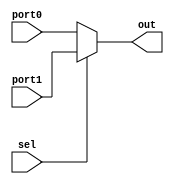
module mux21_1(port0, port1, sel, out);
	input wire port0, port1;
	input wire sel;
	output reg out;

	always @(port0 or port1 or sel)
	begin

	if(sel) 
		out = port1;
	else
		out = port0;
	end
endmodule


module mux21_32(port0, port1, sel, out);
	input wire [31:0] port0, port1;
	input wire sel;
	output reg [31:0] out;

	always @(port0 or port1 or sel)
	begin

	if(sel) 
		out = port1;
	else
		out = port0;
	end
endmodule

module mux21_5(port0, port1, sel, out);
	input wire [4:0] port0, port1;
	input wire sel;
	output reg [4:0] out;

	always @(port0 or port1 or sel)
	begin

	if(sel) 
		out = port1;
	else
		out = port0;
	end
endmodule

module mux21_4(port0, port1, sel, out);
	input wire [3:0] port0, port1;
	input wire sel;
	output reg [3:0] out;

	always @(port0 or port1 or sel)
	begin

	if(sel) 
		out = port1;
	else
		out = port0;
	end
endmodule

module mux41_32(port0, port1, port2, port3, sel, out);
	input wire [31:0] port0, port1, port2, port3;
	input wire [1:0] sel;
	output reg [31:0] out;

	always @(port0 or port1 or port2 or port3 or sel)
	begin

	if(sel == 2'b00) 
		out = port0;
	else if(sel == 2'b01)
		out = port1;
	else if(sel == 2'b10)
		out = port2;
	else	
		out = port3;
	end
endmodule

module mux51_32(port0, port1, port2, port3, port4, sel, out);
	input wire [31:0] port0, port1, port2, port3, port4;
	input wire [2:0] sel;
	output reg [31:0] out;

	always @(port0 or port1 or port2 or port3 or port4 or sel)
	begin

	if(sel == 3'b000) 
		out = port0;
	else if(sel == 3'b001)
		out = port1;
	else if(sel == 3'b010)
		out = port2;
	else	if(sel == 3'b011)
		out = port3;
	else
		out = port4;
	end
endmodule

module mux71_32(port0, port1, port2, port3, port4, port5, port6, sel, out);
	input wire [31:0] port0, port1, port2, port3, port4, port5, port6;
	input wire [2:0] sel;
	output reg [31:0] out;

	always @(port0 or port1 or port2 or port3 or port4 or port5 or port6 or sel)
	begin

	if(sel == 3'b000) 
		out = port0;
	else if(sel == 3'b001)
		out = port1;
	else if(sel == 3'b010)
		out = port2;
	else	if(sel == 3'b011)
		out = port3;
	else if(sel == 3'b100)
		out = port4;
	else if(sel == 3'b101)
		out = port5;
	else
		out = port6;
	end
endmodule

module mux31_32(port0, port1, port2, sel, out);
	input wire [31:0] port0, port1, port2;
	input wire [1:0] sel;
	output reg [31:0] out;

	always @(port0 or port1 or port2 or sel)
	begin

	if(sel == 2'b00) 
		out = port0;
	else if(sel == 2'b01)
		out = port1;
	else
		out = port2;
	end
endmodule

module mux31_5(port0, port1, port2, sel, out);
	input wire [4:0] port0, port1, port2;
	input wire [1:0] sel;
	output reg [4:0] out;

	always @(port0 or port1 or port2 or sel)
	begin

	if(sel == 2'b00) 
		out = port0;
	else if(sel == 2'b01)
		out = port1;
	else
		out = port2;
	end
endmodule

module sign_ext (unextend, extended);
	input  [15:0] unextend;
	output [31:0] extended;
	assign extended = {{16{unextend[15]}}, unextend};
endmodule

module register #(parameter WIDTH = 8)
              (input clk, reset, enable,
               input      [WIDTH-1:0] d, 
               output reg [WIDTH-1:0] q);

  	always @(posedge clk, posedge reset)
    		if (reset) q <= 0;
    		else       q <= d;
endmodule

module reg_en #(parameter WIDTH = 32)
              (input clk, reset, clear, enable,
               input [WIDTH-1:0] d, 
               output reg [WIDTH-1:0] q);

  always @(posedge clk, posedge reset, enable)
	if(enable) begin
		if (reset | clear) 
			q <= 0;
		else 
			q <= d;
	end
endmodule


module shifter32(input [31:0] toshift, output [31:0] shifted);
	assign shifted = toshift << 2;
endmodule

module shifter28(input [25:0] toshift, output [27:0] shifted);
	assign shifted = toshift << 2;
endmodule

module adder(inputA, inputB, result);
	parameter N = 32;
	input [N-1:0] inputA, inputB;
	output [N-1:0] result;
  	wire [N-1:0] carry;
   	genvar i;
   	generate 
   		for(i = 0; i < N; i = i+1)
     			begin
   			if(i == 0) 
  			half_adder f(inputA[0], inputB[0], result[0], carry[0]);
  			else
  			full_adder f(inputA[i], inputB[i], carry[i-1], result[i], carry[i]);
     			end
   	endgenerate
endmodule 

module half_adder(inA, inB, sum, carry);
	input inA, inB;
	output sum, carry;
	assign sum = inA ^ inB;
	assign carry = inA & inB;
endmodule 

module full_adder(inA, inB, c_in, sum, c_out);
	input inA, inB, c_in;
   	output sum, c_out;
 	assign sum = (inA ^ inB) ^ c_in;
	assign c_out = (inB & c_in) | (inA & inB) | (inA & c_in);
endmodule

module AND_2 (input A, B, output Y);
	assign Y = A & B;
endmodule

module zero_ext (unextend, extended);
	input  [15:0] unextend;
	output [31:0] extended;
	assign extended = {16'b0, unextend};
endmodule

module zero_pad (unextend, extended);
	input  [15:0] unextend;
	output [31:0] extended;
	assign extended = {unextend, 16'b0};
endmodule

module br_comp (srcA_D, srcB_D, opcode_D, equal_D);
	input [31:0] srcA_D;
	input [31:0] srcB_D;
	input opcode_D; //0: beq  1: bne
	output reg equal_D;
	always @(srcA_D or srcB_D or opcode_D) begin
		if (!opcode_D)
			equal_D = (srcA_D == srcB_D) ? 1 : 0;
		else 
			equal_D = (srcA_D != srcB_D) ? 1 : 0;
	end
endmodule

module NOT (A, B);
	input A;
	output B;
	assign B = ~A;
endmodule